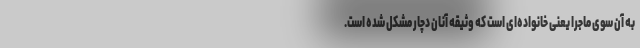
به آن سوی ماجرا یعنی خانواده‌ای است که وثیقه آنان دچار مشکل شده است.